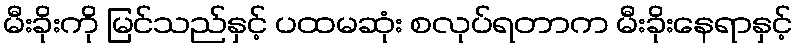
မီးခိုးကို မြင်သည်နှင့် ပထမဆုံး စလုပ်ရတာက မီးခိုးနေရာနှင့်